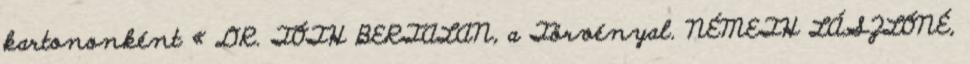
kartononként « DR. TÓTH BERTALAN, a Törvényal. NÉMETH LÁSZLÓNÉ,